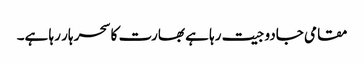
مقامی جادو جیت رہا ہے بھارت کا سحر ہار رہا ہے۔